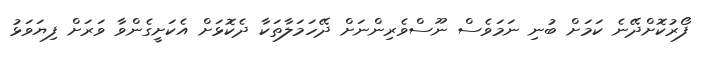
ފޯރުކޮށްދޭނެ ކަމަށް ބުނި ނަމަވެސް ނޫސްވެރިންނަށް ދޭހަމަލާތަކާ ދެކޮޅަށް އެކަށީގެންވާ ވަރަށް ފިޔަވަޅު